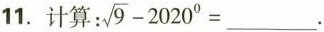
11.计算：$$\sqrt{9}-2020^{0}=___$$ 。